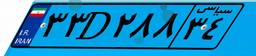
۳۳D۲۸۸۳۴